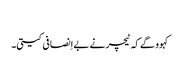
‏
کہوو گے کہ ٹیچر نے بےاِنصافی کیتی۔